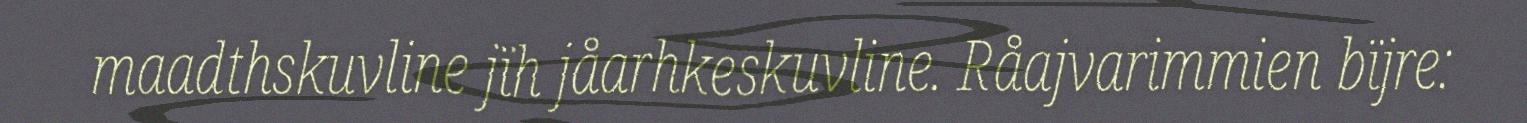
maadthskuvline jïh jåarhkeskuvline. Råajvarimmien bïjre: